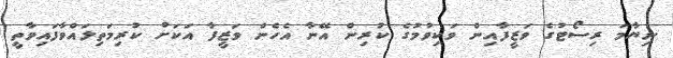
ނިޔާމަ ރިސޯޓުގެ ވަޒީފާއިން ވަކިވުމުގެ ކުރިން އޭނާ އެހެން ވަޒީފާ އަކަށް ކުރިމަތިލައްވާފައިވާތީ